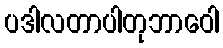
ပဒါလတာပါတုဘာဝေါ